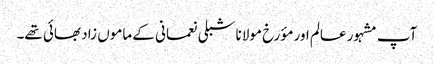
آپ مشہور عالم اور مؤرخ مولانا شبلی نعمانی کے ماموں زاد بھائی تھے۔